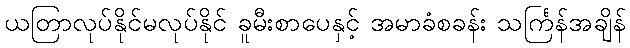
ယတြာလုပ်နိုင်မလုပ်နိုင် ခူမီးစာပေနှင့် အမာခံစခန်း သင်္ကြန်အချိန်